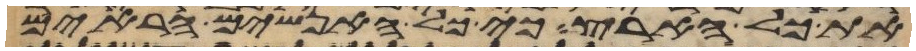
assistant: את כל הארץ כי כל האנשים הראים